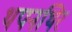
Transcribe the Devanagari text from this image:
थपनथिर